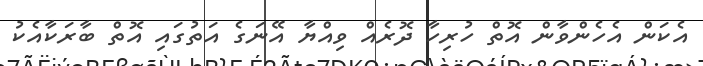
އެކަން އެހެންވާން އޮތް ހުރިހާ ދޮރެއް ވިއްޔާ އޭނަގެ އަތުގައި އޮތް ބާރަކާއެކު